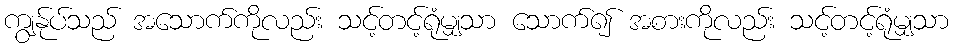
ကျွန်ုပ်သည် အသောက်ကိုလည်း သင့်တင့်ရုံမျှသာ သောက်၍ အစားကိုလည်း သင့်တင့်ရုံမျှသာ